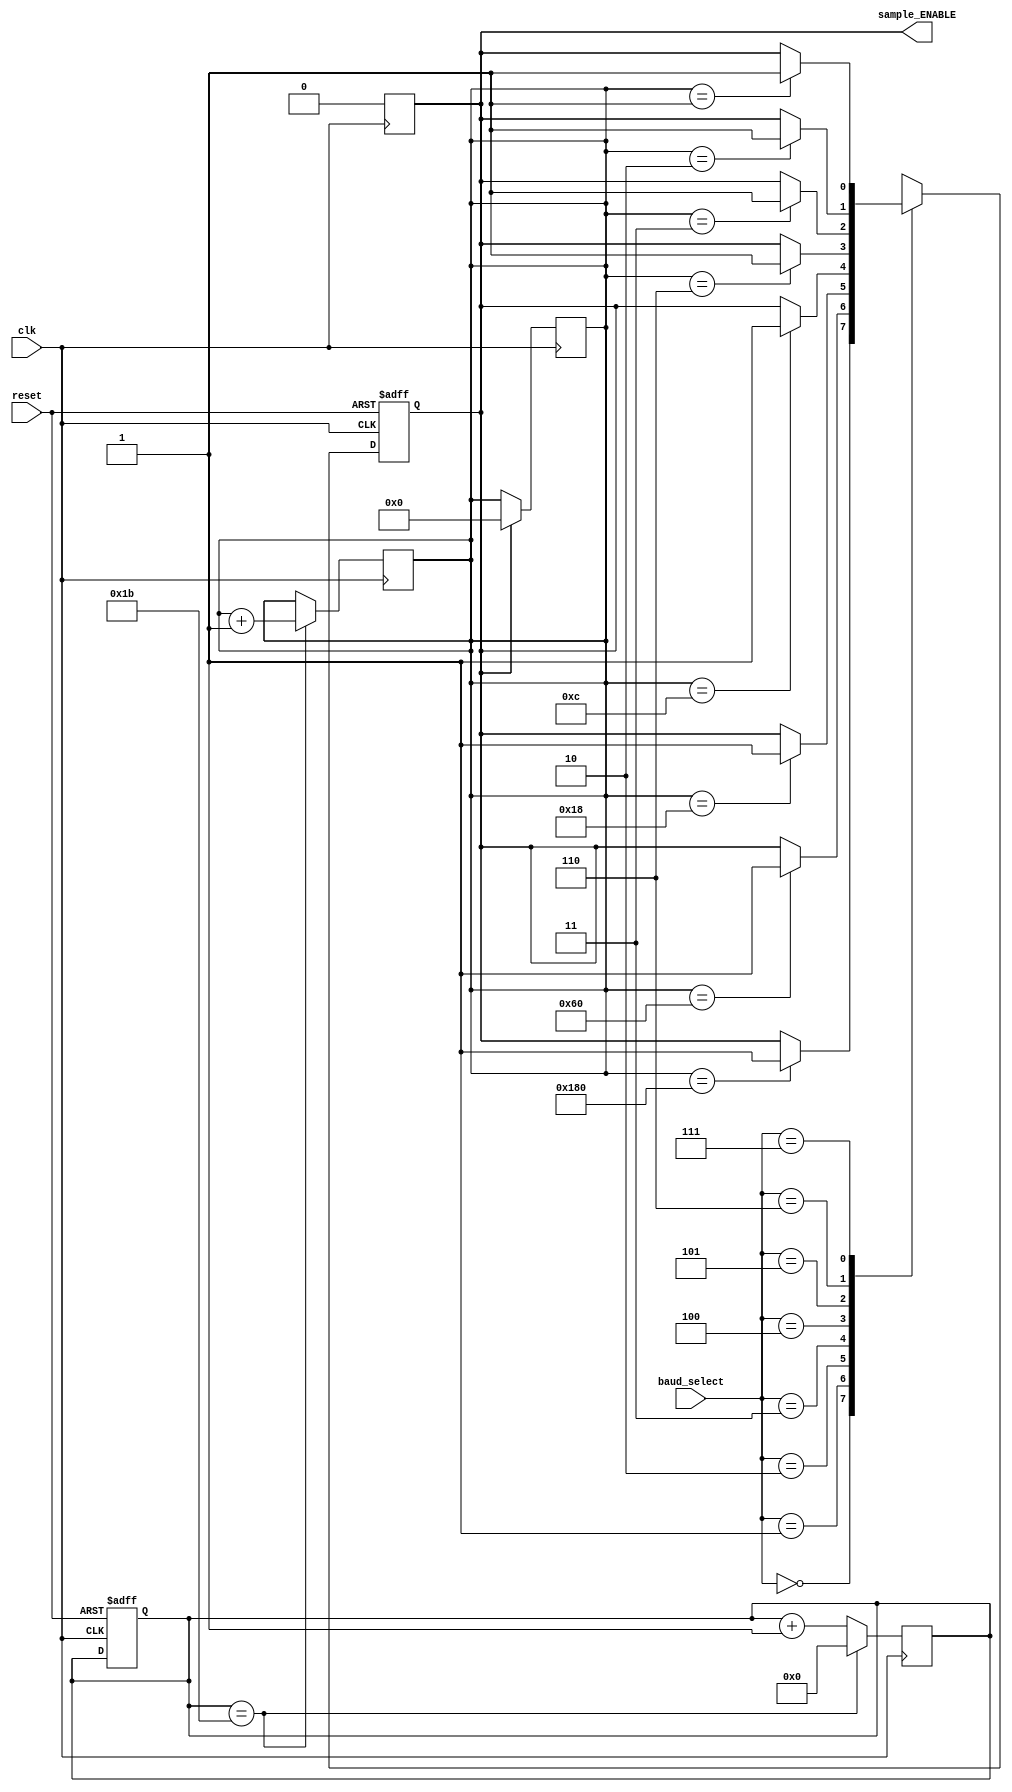
`timescale 1ns / 1ps

module baud_controller(reset, clk, baud_select, sample_ENABLE);
input reset, clk;
input [2:0] baud_select; //how speed baud rate
output sample_ENABLE;

reg sample_ENABLE;
reg[4:0] counter;
reg[8:0] count_reps; 

initial begin
    counter = 5'b00000;
    count_reps = 9'b0_0000_0000; 
end

always@(posedge clk) 
begin
    counter <= counter + 1'b1;
    if (counter == 5'b11011) 
    begin
        counter <= 5'b00000;
        count_reps <= count_reps + 1'b1;
    end
end

always@(posedge clk)
begin
    if(sample_ENABLE)
    begin
        sample_ENABLE = 1'b0;
        count_reps = 9'b0_0000_0000;
    end
end
  
always@(posedge clk or posedge reset)
begin
    if(reset)
    begin
        counter = 5'b00000;
        sample_ENABLE = 0;
    end
    else
    begin
        case(baud_select)
            3'b000:

              			if (count_reps == 9'b1_1000_0000) sample_ENABLE = 1'b1; //384

            3'b001:
                   
                        if (count_reps == 9'b0_0110_0000) sample_ENABLE = 1'b1; //96
                    
            3'b010: 
                    
                        if (count_reps == 9'b0_0001_1000) sample_ENABLE = 1'b1; //24
                    
            3'b011: 
                    
                        if (count_reps == 9'b0_0000_1100) sample_ENABLE = 1'b1; //12
                    
            3'b100: 
                    
                        if (count_reps == 9'b0_0000_0110) sample_ENABLE = 1'b1; //6
                    
            3'b101: 
                    
                        if (count_reps == 9'b0_0000_0011) sample_ENABLE = 1'b1; //3
                    
            3'b110: 
                    
                        if (count_reps == 9'b0_0000_0010) sample_ENABLE = 1'b1; //2
                    
            3'b111:
                    
                        if (count_reps == 9'b0_0000_0001) sample_ENABLE = 1'b1; //1
                   
        endcase
    end
end


endmodule